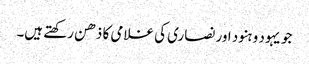
جو یہود و ہنود اور نصاری کی غلامی کا ذھن رکھتے ہیں۔